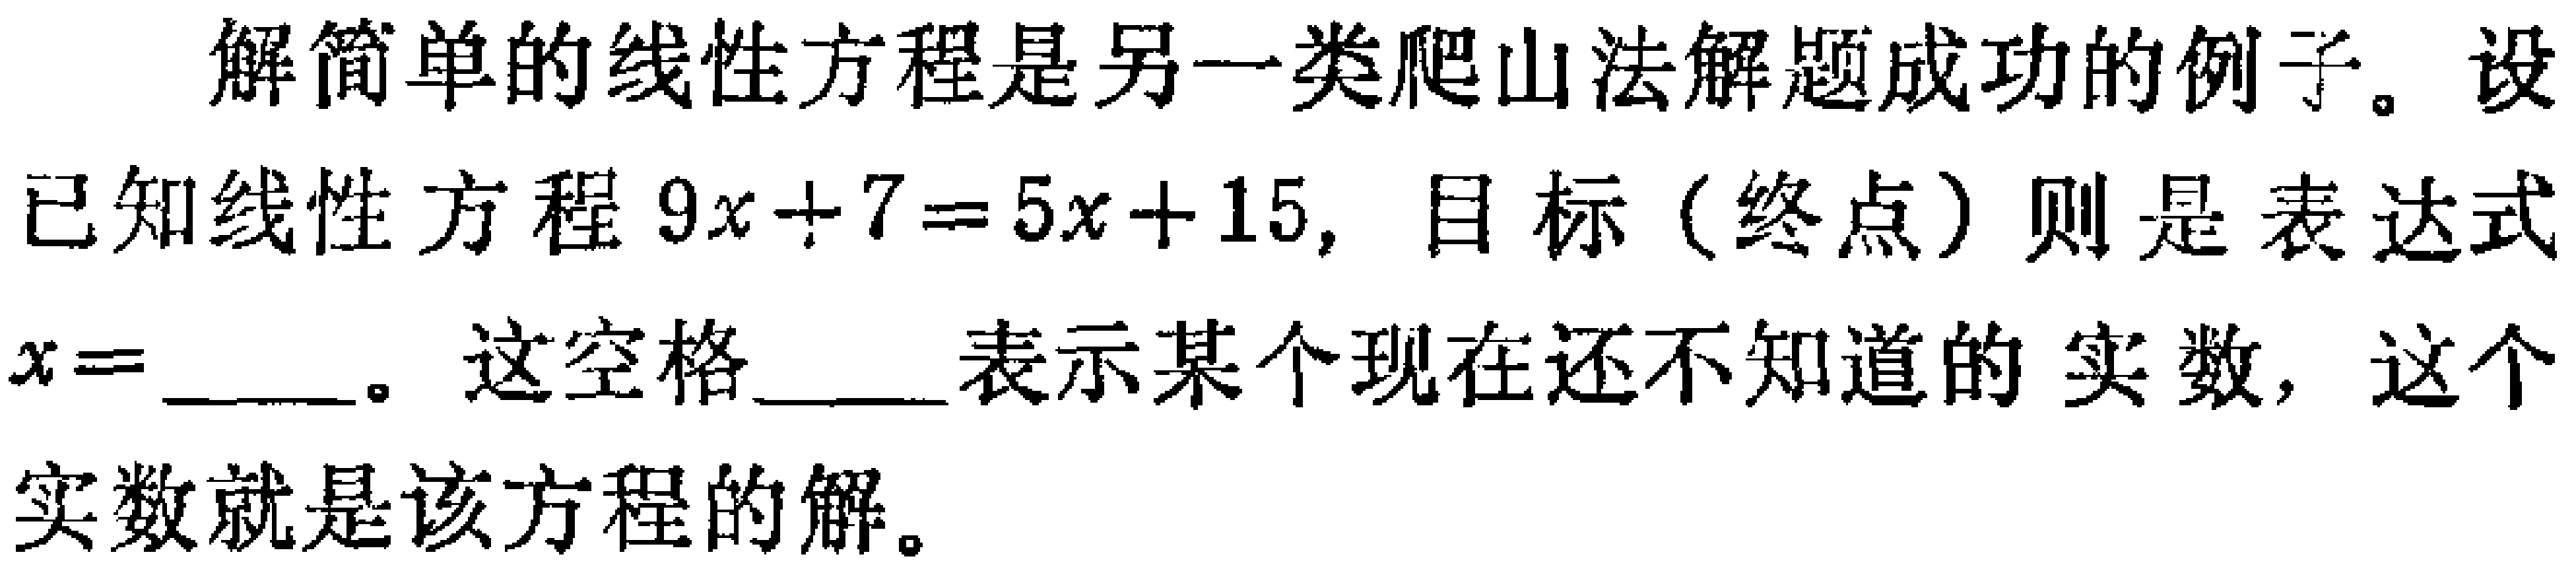
解简单的线性方程是另一类爬山法解题成功的例子。设已知线性方程\(9x + 7 = 5x + 15\)，目标（终点）则是表达式\(x = \_\_\_\)。这空格 \_\_\_ 表示某个现在还不知道的实数，这个实数就是该方程的解。